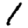
Digit: 1